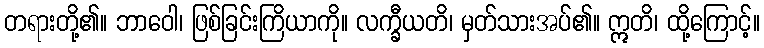
တရားတို့၏။ ဘာဝေါ၊ ဖြစ်ခြင်းကြိယာကို။ လက္ခီယတိ၊ မှတ်သားအပ်၏။ ဣတိ၊ ထို့ကြောင့်။